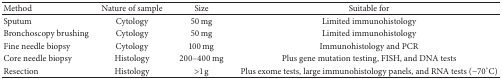
| Method | Nature of sample | Size | Suitable for |
 | --- | --- | --- | --- |
 | Sputum | Cytology | 50 mg | Limited immunohistology |
 | Bronchoscopy brushing | Cytology | 50 mg | Limited immunohistology |
 | Fine needle biopsy | Cytology | 100 mg | Immunohistology and PCR |
 | Core needle biopsy | Histology | 200–400 mg | Plus gene mutation testing, FISH, and DNA tests |
 | Resection | Histology | >1 g | Plus exome tests, large immunohistology panels, and RNA tests (−70°C) |